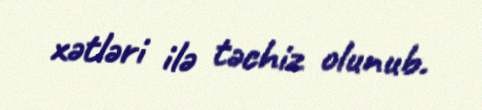
xətləri ilə təchiz olunub.